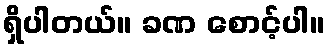
ရှိပါတယ်။ ခဏ စောင့်ပါ။